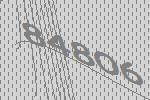
84806